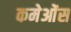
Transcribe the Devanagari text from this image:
कमेओंस